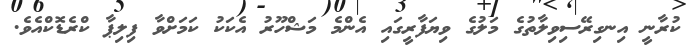
ކުރާނީ އިނގިރޭސިވިލާތުގެ މަލުގެ ވިޔަފާރީގައި އެންމެ މަޝްހޫރު އެކަކު ކަމަށްވާ ފިލިޕާ ކްރެޑޮކްއެވެ.